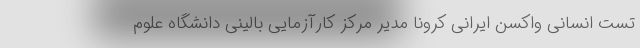
تست انسانی واکسن ایرانی کرونا مدیر مرکز کارآزمایی بالینی دانشگاه علوم